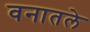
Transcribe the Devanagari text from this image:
वनातले